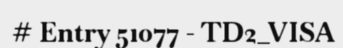
# Entry 51077 - TD2_VISA